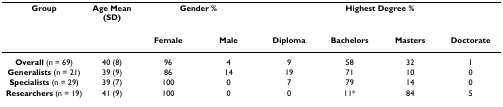
<table><thead><tr><td><b>Group</b></td><td><b>Age Mean (SD)</b></td><td colspan="2"><b>Gender %</b></td><td colspan="4"><b>Highest Degree %</b></td></tr></thead><tbody><tr><td></td><td></td><td><b>Female</b></td><td><b>Male</b></td><td><b>Diploma</b></td><td><b>Bachelors</b></td><td><b>Masters</b></td><td><b>Doctorate</b></td></tr><tr><td><b>Overall </b>(n = 69)</td><td>40 (8)</td><td>96</td><td>4</td><td>9</td><td>58</td><td>32</td><td>1</td></tr><tr><td><b>Generalists </b>(n = 21)</td><td>39 (9)</td><td>86</td><td>14</td><td>19</td><td>71</td><td>10</td><td>0</td></tr><tr><td><b>Specialists </b>(n = 29)</td><td>39 (7)</td><td>100</td><td>0</td><td>7</td><td>79</td><td>14</td><td>0</td></tr><tr><td><b>Researchers </b>(n = 19)</td><td>41 (9)</td><td>100</td><td>0</td><td>0</td><td>11*</td><td>84</td><td>5</td></tr></tbody></table>